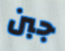
جبن